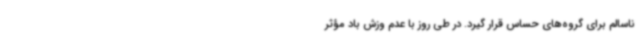
ناسالم برای گروه‌های حساس قرار گیرد. در طی روز با عدم وزش باد مؤثر